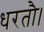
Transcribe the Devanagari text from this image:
धरतौ।